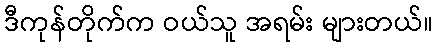
ဒီကုန်တိုက်က ဝယ်သူ အရမ်း များတယ်။